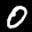
Label: 0